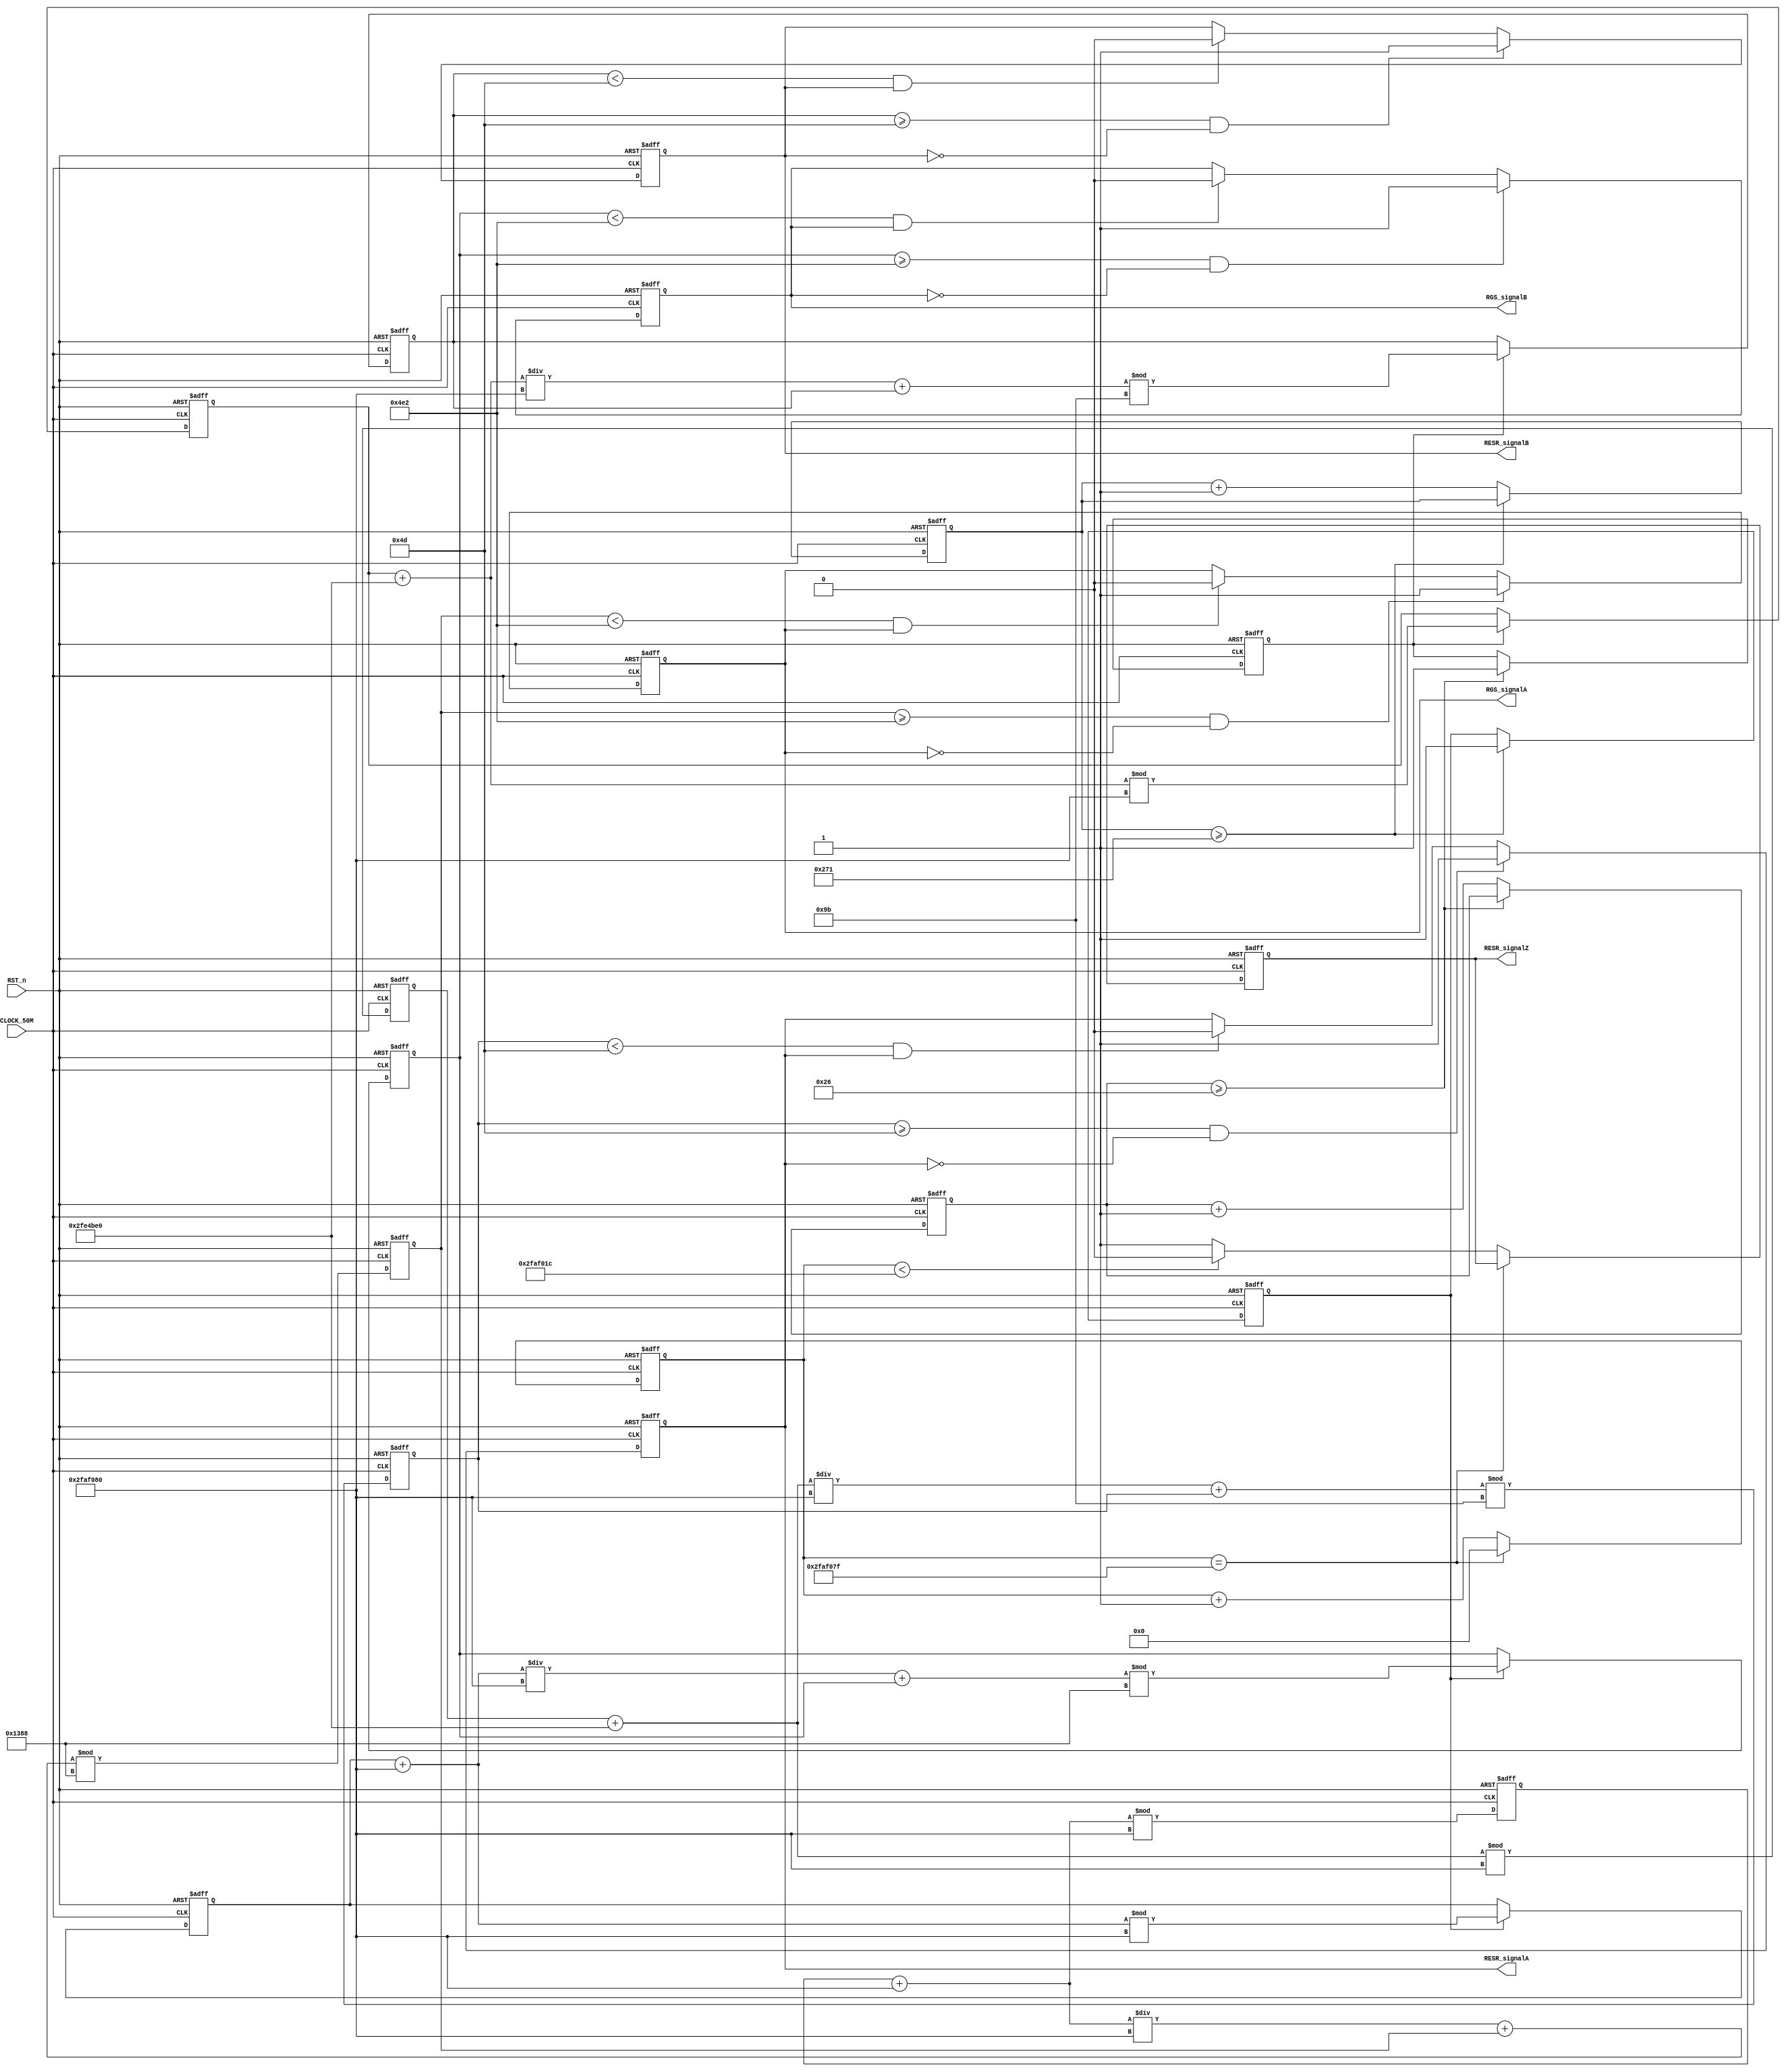
module Signal_Source
						(
						CLOCK_50M,RST_n,RESR_signalA,RESR_signalB,RGS_signalA,RGS_signalB,RESR_signalZ
						);
input CLOCK_50M;
input RST_n;
output RESR_signalA;    //
output RESR_signalB;	//90
output RESR_signalZ;          //0
output RGS_signalA;		//
output RGS_signalB;		//90


/***********************************************************************/
parameter CLK=32'd50_000_000;//

parameter RESR_FRE=32'd324_000;//
parameter RESR_K = 32'd155;//CLK/RESR_FRE+1
parameter RESR_HARF=32'd77;//RESR_K/2
parameter RESR_QUARTER=32'd38;
parameter RESR_KF=32'd50_220_000;//RESR_K*RESR_FRE
/*---------------------------------------------------------------------*/
parameter RGS_FRE=32'd10_000;//
parameter RGS_K = 32'd5000;//CLK/RGS_FRE
parameter RGS_KF=32'd50_000_000;
parameter RGS_HARF=32'd1250;
parameter RGS_QUARTER=32'd625;

parameter T_1s=32'd49_999_999;
/**********************************************************************/
reg rRESR_signalZ; 
reg [31:0]count_time;

always @(posedge CLOCK_50M or negedge RST_n)
	if(!RST_n)
	begin
		rRESR_signalZ<=1'b0;
		count_time<=32'd0;
	end
	else if(count_time==T_1s)
	begin
		count_time<=32'd0;
	end
	else if(count_time<32'd49_999_900)
	begin
		rRESR_signalZ<=1'b0;
		count_time<=count_time+32'd1;
	end
	else
	begin
		rRESR_signalZ<=1'b1;
		count_time<=count_time+32'd1;
	end
	

assign RESR_signalZ=rRESR_signalZ;

/*********************************************************************/
reg [31:0]resr_a;
reg [31:0]resr_b;
reg [31:0]rgs_a;
reg [31:0]rgs_b;
always @(posedge CLOCK_50M or negedge RST_n)
  if(!RST_n)
  begin
    resr_a=32'd0;
	 resr_b=32'd0;
	 rgs_a=32'd0;
	 rgs_b=32'd0;
  end
  else
  begin
    resr_b=((resr_a+RESR_KF)/CLK+resr_b)%RESR_K;
	 resr_a=(resr_a+RESR_KF)%CLK;	 
	 rgs_b=((rgs_a+RGS_KF)/CLK+rgs_b)%RGS_K;
	 rgs_a=(rgs_a+RGS_KF)%CLK;
  end
reg rRESR_signalA;
reg rRGS_signalA;
always@(posedge CLOCK_50M or negedge RST_n)
  if(!RST_n)
  begin
    rRESR_signalA<=1'b0;
	 rRGS_signalA<=1'b0;
  end
  else
  begin
    if(resr_b>=RESR_HARF && rRESR_signalA==1'b0)
	   rRESR_signalA<=1'b1;
	 else if(resr_b<RESR_HARF && rRESR_signalA==1'b1)
	   rRESR_signalA<=1'b0;
		
	 if(rgs_b>=RGS_HARF && rRGS_signalA==1'b0)
	   rRGS_signalA<=1'b1;
	 else if(rgs_b<RGS_HARF && rRGS_signalA==1'b1)
	   rRGS_signalA<=1'b0;
  end
assign RESR_signalA=rRESR_signalA;
assign RGS_signalA=rRGS_signalA;
/**********************************************************/

reg [31:0]count0;
reg [31:0]count1;
reg is_RESR_start;
reg is_RGS_start;
always@(posedge CLOCK_50M or negedge RST_n)
  if(!RST_n)
  begin
    count0<=32'd0;
	 count1<=32'd0;
	 is_RESR_start<=1'b0;
	 is_RGS_start<=1'b0;
  end
  else 
  begin
    if(count0>=RESR_QUARTER)
      is_RESR_start<=1'b1;
	 else 
	   count0<=count0+32'd1;
	 if(count1>=RGS_QUARTER)
      is_RGS_start<=1'b1;
	 else 
	   count1<=count1+32'd1;
  end 
reg [31:0]resr_a1;
reg [31:0]resr_b1;
reg [31:0]rgs_a1;
reg [31:0]rgs_b1;
always@(posedge CLOCK_50M or negedge RST_n)
  if(!RST_n)
  begin
    resr_a1=32'd0;
	 resr_b1=32'd0;
	 rgs_a1=32'd0;
	 rgs_b1=32'd0;
  end
  else
  begin
    if(is_RESR_start==1'b1)
	 begin
	   resr_b1=((resr_a1+RESR_KF)/CLK+resr_b1)%RESR_K;
	   resr_a1=(resr_a1+RESR_KF)%CLK;	 
	 end
    if(is_RGS_start==1'b1)
	 begin
	   rgs_b1=((rgs_a1+RGS_KF)/CLK+rgs_b1)%RGS_K;
	   rgs_a1=(rgs_a1+RGS_KF)%CLK;
	 end	 
  end
reg rRESR_signalB;
reg rRGS_signalB;
always@(posedge CLOCK_50M or negedge RST_n)
  if(!RST_n)
  begin
    rRESR_signalB<=1'b0;
	 rRGS_signalB<=1'b0;
  end
  else
  begin
    if(resr_b1>=RESR_HARF && rRESR_signalB==1'b0)
	   rRESR_signalB<=1'b1;
	 else if(resr_b1<RESR_HARF && rRESR_signalB==1'b1)
	   rRESR_signalB<=1'b0;
		
	 if(rgs_b1>=RGS_HARF && rRGS_signalB==1'b0)
	   rRGS_signalB<=1'b1;
	 else if(rgs_b1<RGS_HARF && rRGS_signalB==1'b1)
	   rRGS_signalB<=1'b0;
  end
assign RESR_signalB=rRESR_signalB;
assign RGS_signalB=rRGS_signalB;

endmodule